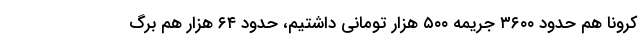
کرونا هم حدود ۳۶۰۰ جریمه ۵۰۰ هزار تومانی داشتیم، حدود ۶۴ هزار هم برگ